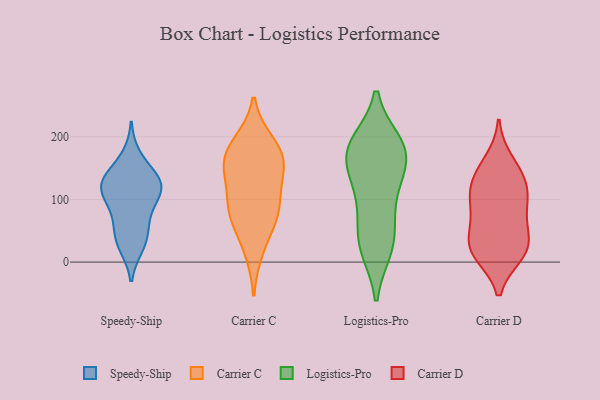
{"axis": {"x": "Shipments", "y": "Value"}, "legend": ["Carrier C", "Carrier D", "Logistics-Pro", "Speedy-Ship"], "data": [{"x": "", "y": 82, "type": "Speedy-Ship"}, {"x": "", "y": 107, "type": "Speedy-Ship"}, {"x": "", "y": 133, "type": "Speedy-Ship"}, {"x": "", "y": 127, "type": "Speedy-Ship"}, {"x": "", "y": 66, "type": "Speedy-Ship"}, {"x": "", "y": 137, "type": "Speedy-Ship"}, {"x": "", "y": 31, "type": "Speedy-Ship"}, {"x": "", "y": 168, "type": "Speedy-Ship"}, {"x": "", "y": 45, "type": "Speedy-Ship"}, {"x": "", "y": 26, "type": "Speedy-Ship"}, {"x": "", "y": 112, "type": "Speedy-Ship"}, {"x": "", "y": 121, "type": "Speedy-Ship"}, {"x": "", "y": 118, "type": "Speedy-Ship"}, {"x": "", "y": 19, "type": "Carrier C"}, {"x": "", "y": 134, "type": "Carrier C"}, {"x": "", "y": 190, "type": "Carrier C"}, {"x": "", "y": 162, "type": "Carrier C"}, {"x": "", "y": 150, "type": "Carrier C"}, {"x": "", "y": 162, "type": "Carrier C"}, {"x": "", "y": 183, "type": "Carrier C"}, {"x": "", "y": 86, "type": "Carrier C"}, {"x": "", "y": 94, "type": "Carrier C"}, {"x": "", "y": 64, "type": "Carrier C"}, {"x": "", "y": 78, "type": "Carrier C"}, {"x": "", "y": 150, "type": "Logistics-Pro"}, {"x": "", "y": 184, "type": "Logistics-Pro"}, {"x": "", "y": 179, "type": "Logistics-Pro"}, {"x": "", "y": 144, "type": "Logistics-Pro"}, {"x": "", "y": 32, "type": "Logistics-Pro"}, {"x": "", "y": 24, "type": "Logistics-Pro"}, {"x": "", "y": 180, "type": "Logistics-Pro"}, {"x": "", "y": 96, "type": "Logistics-Pro"}, {"x": "", "y": 189, "type": "Logistics-Pro"}, {"x": "", "y": 181, "type": "Logistics-Pro"}, {"x": "", "y": 118, "type": "Logistics-Pro"}, {"x": "", "y": 22, "type": "Logistics-Pro"}, {"x": "", "y": 62, "type": "Logistics-Pro"}, {"x": "", "y": 14, "type": "Carrier D"}, {"x": "", "y": 139, "type": "Carrier D"}, {"x": "", "y": 38, "type": "Carrier D"}, {"x": "", "y": 21, "type": "Carrier D"}, {"x": "", "y": 161, "type": "Carrier D"}, {"x": "", "y": 108, "type": "Carrier D"}, {"x": "", "y": 24, "type": "Carrier D"}, {"x": "", "y": 56, "type": "Carrier D"}, {"x": "", "y": 89, "type": "Carrier D"}, {"x": "", "y": 13, "type": "Carrier D"}, {"x": "", "y": 117, "type": "Carrier D"}, {"x": "", "y": 85, "type": "Carrier D"}, {"x": "", "y": 132, "type": "Carrier D"}]}